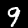
Label: 9